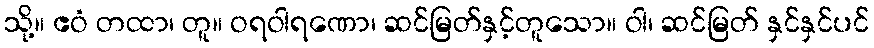
သို့။ ဧဝံ တထာ၊ တူ။ ဝရဝါရဏော၊ ဆင်မြတ်နှင့်တူသော။ ဝါ၊ ဆင်မြတ် နှင်နှင်ပင်